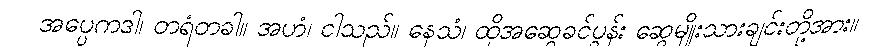
အပ္ပေကဒါ၊ တရံတခါ။ အဟံ၊ ငါသည်။ နေသံ၊ ထိုအဆွေခင်ပွန်း ဆွေမျိုးသားချင်းတို့အား။